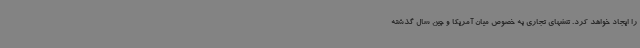
را ایجاد خواهد کرد. تنشهای تجاری به خصوص میان آمریکا و چین سال گذشته